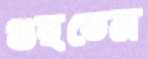
গুছতেম